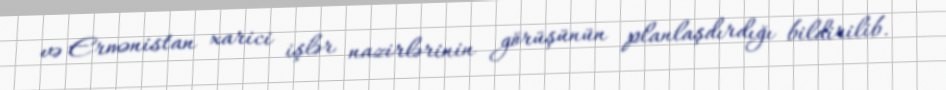
və Ermənistan xarici işlər nazirlərinin görüşünün planlaşdırdığı bildirilib.